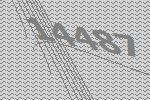
14487